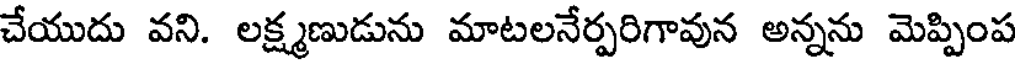
చేయుదు వని. లక్ష్మణుడును మాటలనేర్పరిగావున అన్నను మెప్పింప